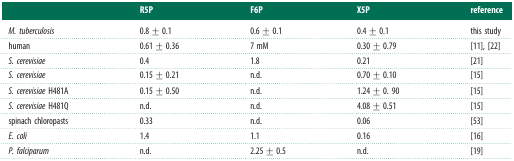
<table><thead><tr><td></td><td><b>R5P</b></td><td><b>F6P</b></td><td><b>X5P</b></td><td><b>reference</b></td></tr></thead><tbody><tr><td><i>M. tuberculosis</i></td><td>0.8 ± 0.1</td><td>0.6 ± 0.1</td><td>0.4 ± 0.1</td><td>this study</td></tr><tr><td>human</td><td>0.61 ± 0.36</td><td>7 mM</td><td>0.30 ± 0.79</td><td>[11],[22]</td></tr><tr><td><i>S. cerevisiae</i></td><td>0.4</td><td>1.8</td><td>0.21</td><td>[21]</td></tr><tr><td><i>S. cerevisiae</i></td><td>0.15 ± 0.21</td><td>n.d.</td><td>0.70 ± 0.10</td><td>[15]</td></tr><tr><td><i>S. cerevisiae</i> H481A</td><td>0.15 ± 0.50</td><td>n.d.</td><td>1.24 ± 0. 90</td><td>[15]</td></tr><tr><td><i>S. cerevisiae</i> H481Q</td><td>n.d.</td><td>n.d.</td><td>4.08 ± 0.51</td><td>[15]</td></tr><tr><td>spinach chloropasts</td><td>0.33</td><td>n.d.</td><td>0.06</td><td>[53]</td></tr><tr><td><i>E. coli</i></td><td>1.4</td><td>1.1</td><td>0.16</td><td>[16]</td></tr><tr><td><i>P. falciparum</i></td><td>n.d.</td><td>2.25 ± 0.5</td><td>n.d.</td><td>[19]</td></tr></tbody></table>